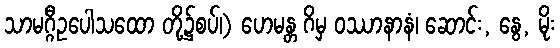
သာမဂ္ဂီဥပေါသထော တို့၌စပ်၊) ဟေမန္တ ဂိမှ ဝဿာနာနံ၊ ဆောင်း, နွေ, မိုး